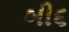
બી૬